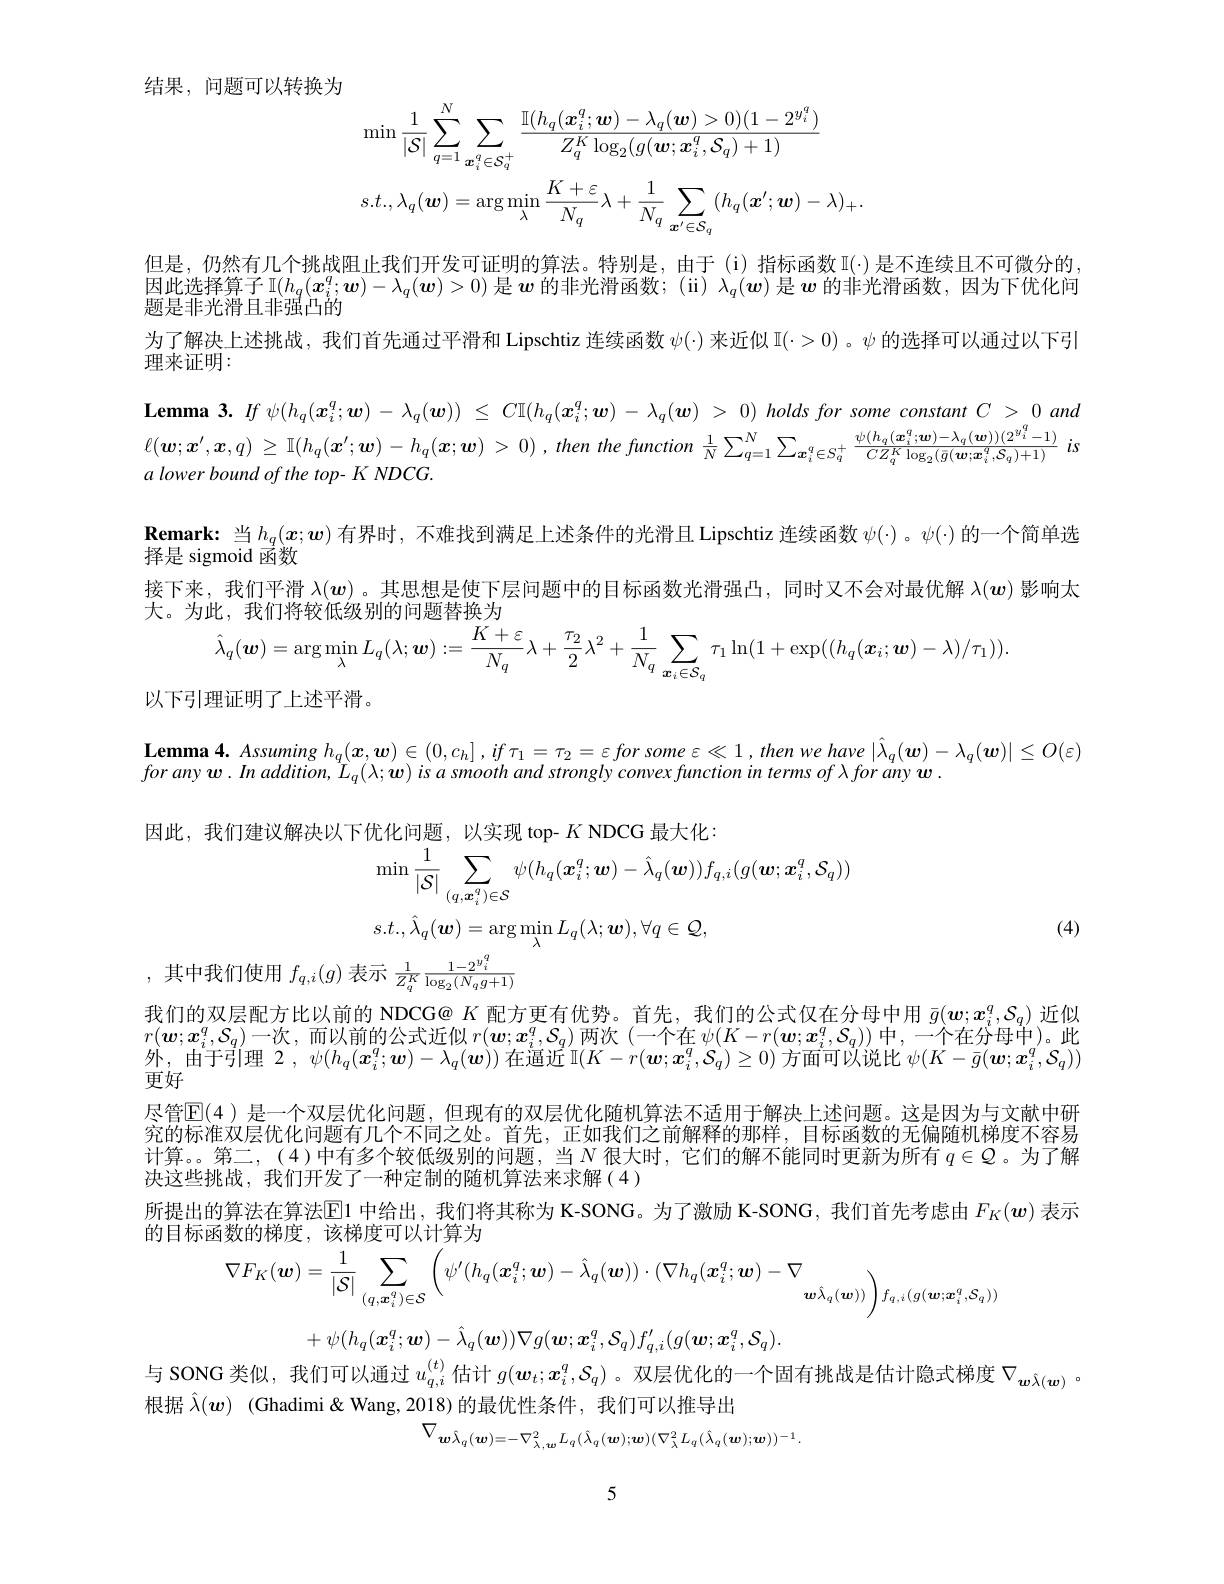
结果，问题可以转换为
$$\operatorname*{min}\frac{1}{|\mathcal{S}|}\sum_{q=1}^{N}\sum_{\boldsymbol{x}_{i}^{q}\in\mathcal{S}_{q}^{+}}\frac{\mathbb{I}(h_{q}(\boldsymbol{x}_{i}^{q};\boldsymbol{w})-\lambda_{q}(\boldsymbol{w})>0)(1-2^{y_{i}^{q}})}{Z_{q}^{K}\log_{2}(g(\boldsymbol{w};\boldsymbol{x}_{i}^{q},\mathcal{S}_{q})+1)}\\s.t.,\lambda_{q}(\boldsymbol{w})=\arg\min_{\lambda}\frac{K+\varepsilon}{N_{q}}\lambda+\frac{1}{N_{q}}\sum_{\boldsymbol{x}^{\prime}\in\mathcal{S}_{q}}(h_{q}(\boldsymbol{x}^{\prime};\boldsymbol{w})-\lambda)_{+}.$$
但是，仍然有几个挑战阻止我们开发可证明的算法。特别是，由于(i)指标函数 I(·)是不连续且不可微分的因此选择算子$\mathbb{I}(h_q(\boldsymbol{x}_i^q;\boldsymbol{w})-\lambda_q(\boldsymbol{w})>0)$是$\boldsymbol{w}$的非光滑函数；(ii) $\lambda_q(\boldsymbol{w})$是$\boldsymbol{w}$的非光滑函数，因为下优化问题是非光滑且非强凸的
为了解决上述挑战，我们首先通过平滑和 Lipschtiz 连续函数$\psi(\cdot)$来近似$\mathbb{I}(\cdot>0)$ 。$\psi$的选择可以通过以下引
理来证明：
a lower bound of the top- K NDCG.
$\textbf{Remark: 当 }h_q( \boldsymbol{x}; \boldsymbol{w})$有界时，不难找到满足上述条件的光滑且 Lipschtiz 连续函数$\psi(\cdot)$ 。$\psi(\cdot)$的一个简单选
择是 sigmoid 函数
接下来，我们平滑$\lambda(w)$ 。其思想是使下层问题中的目标函数光滑强凸，同时又不会对最优解$\lambda(w)$影响太
大。为此，我们将较低级别的问题替换为
$$\text{此,我们符数低级别的问题答换为}\\\hat{\lambda}_{q}(\boldsymbol{w})=\arg\min_{\lambda}L_{q}(\lambda;\boldsymbol{w}):=\frac{K+\varepsilon}{N_{q}}\lambda+\frac{\tau_{2}}{2}\lambda^{2}+\frac{1}{N_{q}}\sum_{\boldsymbol{x}_{i}\in\mathcal{S}_{q}}\tau_{1}\ln(1+\exp((h_{q}(\boldsymbol{x}_{i};\boldsymbol{w})-\lambda)/\tau_{1})).$$
以下引理证明了上述平滑。

因此，我们建议解决以下优化问题，以实现 top- $K$ NDCG 最大化：
$$\begin{aligned}&\operatorname*{min}\frac{1}{|\mathcal{S}|}\sum_{(q,\boldsymbol{x}_{i}^{q})\in\mathcal{S}}\psi(h_{q}(\boldsymbol{x}_{i}^{q};\boldsymbol{w})-\hat{\lambda}_{q}(\boldsymbol{w}))f_{q,i}(g(\boldsymbol{w};\boldsymbol{x}_{i}^{q},\mathcal{S}_{q}))\\&s.t.,\hat{\lambda}_{q}(\boldsymbol{w})=\arg\min_{\lambda}L_{q}(\lambda;\boldsymbol{w}),\forall q\in\mathcal{Q},\\&\hat{\text{定示}}\:\frac{1}{Z_{q}^{K}}\:\frac{1-2^{y_{i}^{q}}}{\log_{2}(N_{q}g+1)}\end{aligned}$$
(4)

$f_{q,i}(g)$

我们的双层配方比以前的 NDCG@ $K$配方更有优势。首先，我们的公式仅在分母中用$\bar{g}(w;x_i^q,S_q)$近似$r(\boldsymbol{w};\boldsymbol{x}_i^q,\mathcal{S}_q)$一次，而以前的公式近似$r(\boldsymbol w;\boldsymbol{x}_i^q,\mathcal{S}_q)$两次 (一个在$\psi(K-r(\boldsymbol{w};\boldsymbol{x}_i^q,\mathcal{S}_q))$中，一个在分母中)。此外，由于引理$2,\psi(h_q(\boldsymbol{x}_i^q;\boldsymbol{w})-\lambda_q(\boldsymbol{w}))$在逼近$\mathbb{I}(K-r(\boldsymbol{w};\boldsymbol{x}_i^q,\mathcal{S}_q)\geq0)$方面可以说比$\psi(K-\bar{g}(\boldsymbol{w};\boldsymbol{x}_i^q,\mathcal{S}_q))$ 更好
尽管$\mathbb{E}(4)$ 是一个双层优化问题，但现有的双层优化随机算法不适用于解决上述问题。这是因为与文献中研究的标准双层优化问题有几个不同之处。首先，正如我们之前解释的那样，目标函数的无偏随机梯度不容易计算。。第二，(4)中有多个较低级别的问题，当$N$ 很大时，它们的解不能同时更新为所有 $q\in Q$ 。为了解决这些挑战，我们开发了一种定制的随机算法来求解(4)
所提出的算法在算法$\mathbb{E}$1 中给出，我们将其称为 K-SONG。为了激励 K-SONG, 我们首先考虑由 $F_K(\boldsymbol{w})$ 表示
的目标函数的梯度，该梯度可以计算为
$$\nabla F_{K}(\boldsymbol{w})=\frac{1}{|\mathcal{S}|}\sum_{(q,\boldsymbol{x}_{i}^{q})\in\mathcal{S}}\left(\psi^{\prime}(h_{q}(\boldsymbol{x}_{i}^{q};\boldsymbol{w})-\hat{\lambda}_{q}(\boldsymbol{w}))\cdot(\nabla h_{q}(\boldsymbol{x}_{i}^{q};\boldsymbol{w})-\nabla_{\boldsymbol{w}\hat{\lambda}_{q}(\boldsymbol{w}))}\right)f_{q,i}(g(\boldsymbol{w};\boldsymbol{x}_{i}^{q},\mathcal{S}_{q}))$$
$$\cdot\psi(h_{q}(\boldsymbol{x}_{i}^{q};\boldsymbol{w})-\hat{\lambda}_{q}(\boldsymbol{w}))\nabla g(\boldsymbol{w};\boldsymbol{x}_{i}^{q},\mathcal{S}_{q})f_{q,i}^{\prime}(g(\boldsymbol{w};\boldsymbol{x}_{i}^{q},\mathcal{S}_{q}).$$
与 SONG 类似，我们可以通过$u_{q,i}^{(t)}$估计$g(\boldsymbol{w}_t;\boldsymbol{x}_i^q,\mathcal{S}_q)$ 。双层优化的一个固有挑战是估计隐式梯度$\nabla_{\boldsymbol{w}\hat{\lambda}(\boldsymbol{w})}$ 。
根据$\hat{\lambda}(w)$ (Ghadimi&Wang,2018)的最优性条件，我们可以推导出
$$\nabla_{\boldsymbol{w}\hat{\lambda}_{q}(\boldsymbol{w})=-\nabla_{\lambda,\boldsymbol{w}}^{2}L_{q}(\hat{\lambda}_{q}(\boldsymbol{w});\boldsymbol{w})(\nabla_{\lambda}^{2}L_{q}(\hat{\lambda}_{q}(\boldsymbol{w});\boldsymbol{w}))^{-1}.}$$
5